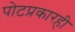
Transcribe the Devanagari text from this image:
पोटप्रकारही